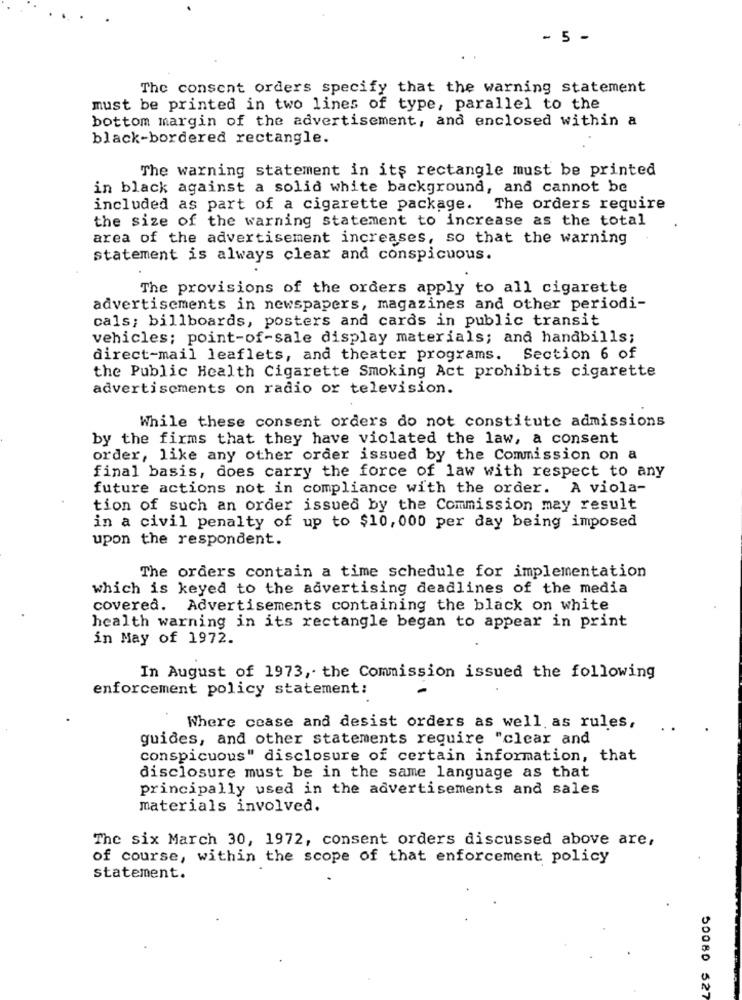
- 5 -
The consent orders specify that the warning statement
must be printed in two lines of type, parallel to the
bottom margin of the advertisement, and enclosed within a
black-bordered rectangle.
The warning statement in its rectangle must be printed
in black against a solid white background, and cannot be
included as part of a cigarette package. The orders require
the size of the warning statement to increase as the total
area of the advertisement increases, so that the warning
statement is always clear and conspicuous.
The provisions of the orders apply to all cigarette
advertisements in newspapers, magazines and other periodi-
cals; billboards, posters and cards in public transit
vehicles; point-of-sale display materials; and handbills;
direct-mail leaflets, and theater programs. Section 6 of
the Public Health Cigarette Smoking Act prohibits cigarette
advertisements on radio or television.
While these consent orders do not constitute admissions
by the firms that they have violated the law, a consent
order, like any other order issued by the Commission on a
final basis, does carry the force of law with respect to any
future actions not in compliance with the order. A viola-
tion of such an order issued by the Commission may result
in a civil penalty of up to $10, 000 per day being imposed
upon the respondent.
The orders contain a time schedule for implementation
which is keyed to the advertising deadlines of the media
covered. Advertisements containing the black on white
health warning in its rectangle began to appear in print
in May of 1972.
In August of 1973, the Commission issued the following
enforcement policy statement:
Where cease and desist orders as well as rules,
guides, and other statements require "clear and
conspicuous" disclosure of certain information, that
disclosure must be in the same language as that
principally used in the advertisements and sales
materials involved.
The six March 30, 1972, consent orders discussed above are,
of course, within the scope of that enforcement policy
statement.
50080 527